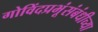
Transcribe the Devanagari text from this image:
गोविंदप्रभूंसंबंधीच्या